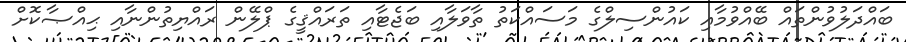
ބައްދަލުވުންތައް ބޭއްވުމާއި ކައުންސިލްގެ މަސައްކަތު ތާވަލާއި ބަޖެޓާއި ތަރައްޤީގެ ޕްލޭން ރައްޔިތުންނާއި ޙިއްޞާކޮށް